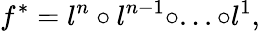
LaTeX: f^{*}=l^{n}\circ l^{n-1}\circ...\circ l^{1},